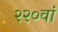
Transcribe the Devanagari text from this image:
२२०वां